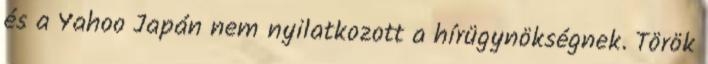
és a Yahoo Japán nem nyilatkozott a hírügynökségnek. Török